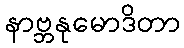
နာဗ္ဘနုမောဒိတာ